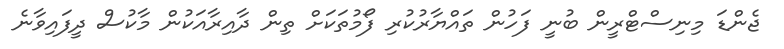
ޖެންޑަ މިނިސްޓްރީން ބުނީ ފަހުން ތައްޔާރުކުރި ފޯމުތަކަށް ތިން ދާއިރާއަކުން މާކުސް ދީފައިވާނެ